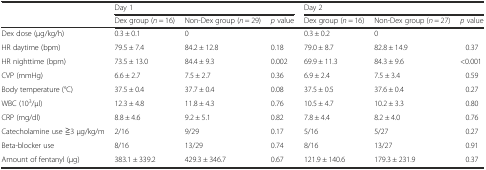
|  | <COLSPAN=3> Day 1 | <COLSPAN=3> Day 2 |
 |  | Dex group (n = 16) | Non-Dex group (n = 29) | p value | Dex group (n = 16) | Non-Dex group (n = 27) | p value |
 | --- | --- | --- | --- | --- | --- | --- |
 | Dex dose (μg/kg/h) | 0.3 ± 0.1 | 0 |  | 0.3 ± 0.2 | 0 |  |
 | HR daytime (bpm) | 79.5 ± 7.4 | 84.2 ± 12.8 | 0.18 | 79.0 ± 8.7 | 82.8 ± 14.9 | 0.37 |
 | HR nighttime (bpm) | 73.5 ± 13.0 | 84.4 ± 9.3 | 0.002 | 69.9 ± 11.3 | 84.3 ± 9.6 | <0.001 |
 | CVP (mmHg) | 6.6 ± 2.7 | 7.5 ± 2.7 | 0.36 | 6.9 ± 2.4 | 7.5 ± 3.4 | 0.59 |
 | Body temperature (°C) | 37.5 ± 0.4 | 37.7 ± 0.4 | 0.08 | 37.5 ± 0.5 | 37.6 ± 0.4 | 0.27 |
 | WBC (103/μl) | 12.3 ± 4.8 | 11.8 ± 4.3 | 0.76 | 10.5 ± 4.7 | 10.2 ± 3.3 | 0.80 |
 | CRP (mg/dl) | 8.8 ± 4.6 | 9.2 ± 5.1 | 0.82 | 7.8 ± 4.4 | 8.2 ± 4.0 | 0.76 |
 | Catecholamine use ≧3 μg/kg/m | 2/16 | 9/29 | 0.17 | 5/16 | 5/27 | 0.27 |
 | Beta-blocker use | 8/16 | 13/29 | 0.74 | 8/16 | 13/27 | 0.91 |
 | Amount of fentanyl (μg) | 383.1 ± 339.2 | 429.3 ± 346.7 | 0.67 | 121.9 ± 140.6 | 179.3 ± 231.9 | 0.37 |